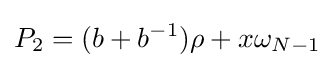
P_{2}=(b+b^{-1})\rho +x\omega _{N-1}